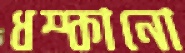
ধম্‌কানো